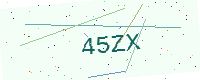
Text: 45ZX